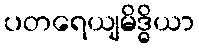
ပတရေယျမိဒ္ဓိယာ